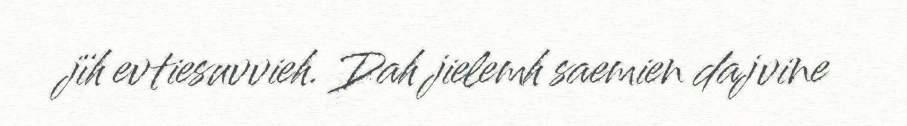
jïh evtiesuvvieh. Dah jielemh saemien dajvine